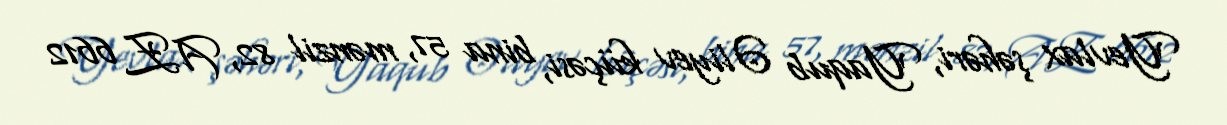
Yevlax şəhəri, Yaqub Əliyev küçəsi, bina 57, mənzil 82, AZ 6612